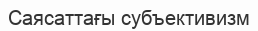
Саясаттағы субъективизм